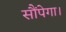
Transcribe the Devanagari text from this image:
सौंपेगा।